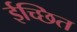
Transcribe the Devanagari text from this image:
ईच्छित